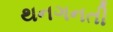
થનગનતી